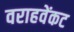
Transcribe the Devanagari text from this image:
वराहवेंकट